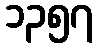
၁၃၅၇